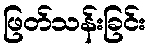
ဖြတ်သန်းခြင်း